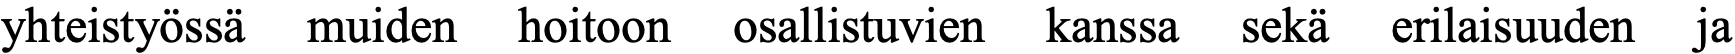
yhteistyössä muiden hoitoon osallistuvien kanssa sekä erilaisuuden ja